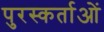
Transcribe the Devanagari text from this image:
पुरस्कर्ताओं